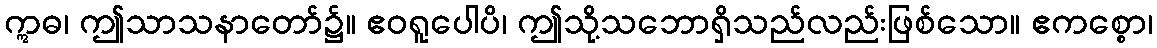
ဣဓ၊ ဤသာသနာတော်၌။ ဧဝရူပေါပိ၊ ဤသို့သဘောရှိသည်လည်းဖြစ်သော။ ဧကစ္စော၊